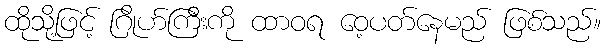
ထိုသို့ဖြင့် ဂြိုဟ်ကြီးကို ထာဝရ ဝေ့ပတ်နေမည် ဖြစ်သည်။